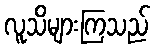
လူသိများကြသည်